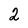
Character: 2